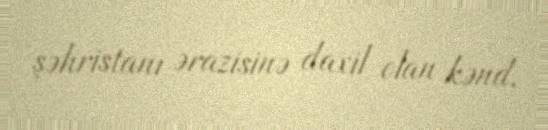
şəhristanı ərazisinə daxil olan kənd.